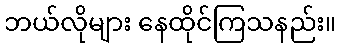
ဘယ်လိုများ နေထိုင်ကြသနည်း။